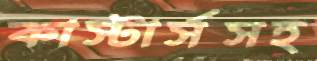
কাস্টার্সসহ